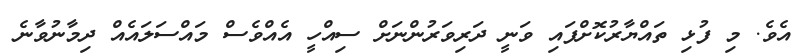
އެވެ. މި ފުޅި ތައްޔާރުކޮށްފައި ވަނީ ދަރިވަރުންނަށް ސިއްހީ އެއްވެސް މައްސަލައެއް ދިމާނުވާނެ